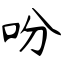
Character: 吩